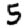
Digit: 5